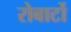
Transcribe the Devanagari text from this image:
रोबार्टो